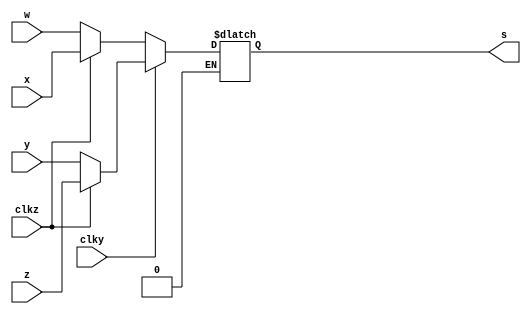
module muxP(w, x, y, z, clky, clkz, s);

	input w, x, y, z, clky, clkz;
	output reg s;
	
	always @(clky, clkz, w, x, y, z) begin
		
		if(clky == 1'b0) begin
			if(clkz == 1'b0) begin
				s <= w;
			end
			else if(clkz == 1'b1) begin
				s <= x;
			end
		end
		else if (clky == 1'b1) begin
			if(clkz == 1'b0) begin
				s <= y;
			end
			else if(clkz == 1'b1) begin
				s <= z;
			end
		end 
		
	end
endmodule